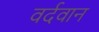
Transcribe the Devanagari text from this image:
वर्दवान